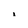
Character: i